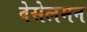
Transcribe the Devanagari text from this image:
वेसेलमन